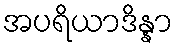
အပရိယာဒိန္နာ